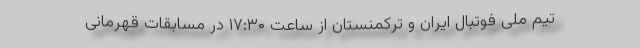
تیم ملی فوتبال ایران و ترکمنستان از ساعت ۱۷:۳۰ در مسابقات قهرمانی